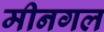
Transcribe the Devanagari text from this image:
मीनगल